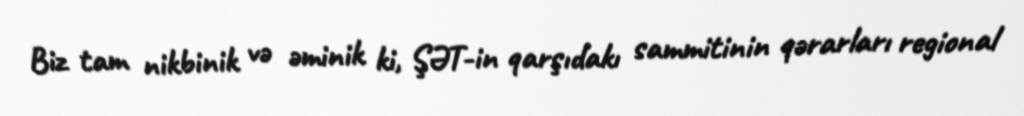
Biz tam nikbinik və əminik ki, ŞƏT-in qarşıdakı sammitinin qərarları regional